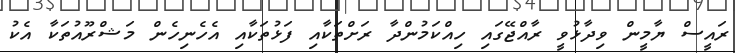
ރައީސް ޔާމީން ވިދާޅުވީ ރާއްޖޭގައި ހިއްކަމުންދާ ރަށްތަކާއި ފަޅުތަކާއި އެހެނިހެން މަޝްރޫއުތަކާ އެކު